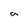
Character: a